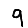
Digit: 9